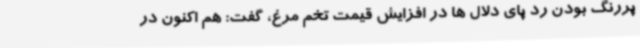
پررنگ بودن رد پای دلال ها در افزایش قیمت تخم مرغ، گفت: هم اکنون در